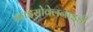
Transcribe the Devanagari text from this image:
क्राइसोवेलनाइडी